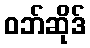
ဝဘ်ဆိုဒ်